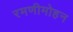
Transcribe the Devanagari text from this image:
रमणीमोहन